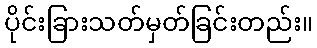
ပိုင်းခြားသတ်မှတ်ခြင်းတည်း။